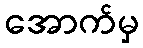
အောက်မှ